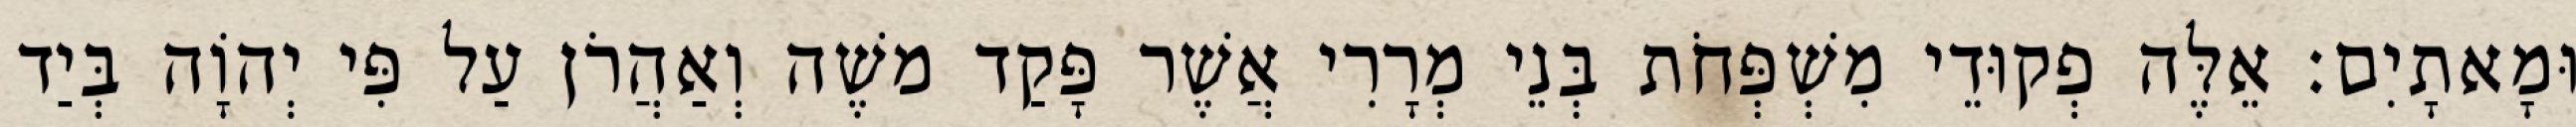
וּמָאתָיִם׃ אֵלֶּה פְקוּדֵי מִשְׁפְּחֹת בְּנֵי מְרָרִי אֲשֶׁר פָּקַד משֶׁה וְאַהֲרֹן עַל פִּי יְהוָֹה בְּיַד